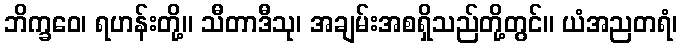
ဘိက္ခဝေ၊ ရဟန်းတို့။ သီတာဒီသု၊ အချမ်းအစရှိသည်တို့တွင်။ ယံအညတရံ၊